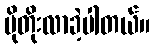
ပိုတိုးလာခဲ့ပါတယ်။